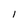
Character: I